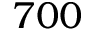
7 0 0